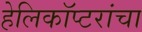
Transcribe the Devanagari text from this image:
हेलिकॉप्टरांचा